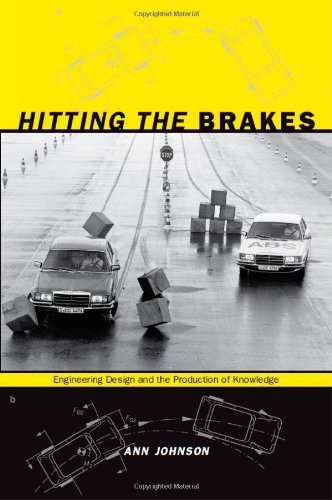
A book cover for Hitting the Brakes: Engineering Design and the Production of Knowledge; Ann Johnson; Business & Money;